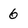
Character: 6